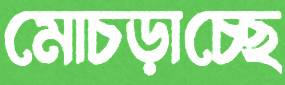
মোচড়াচ্ছে